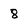
Character: 8